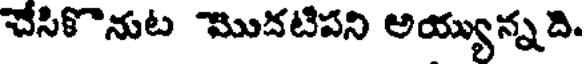
చేసికొనుట మొదటిపని అయ్యున్నది.